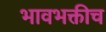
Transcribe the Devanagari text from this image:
भावभक्तीच